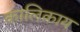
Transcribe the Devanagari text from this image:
कालिकाय